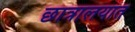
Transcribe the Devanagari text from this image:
छात्रालयात